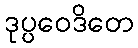
ဒုပ္ပဝေဒိတေ